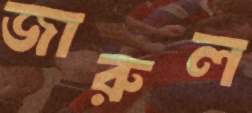
জারুল